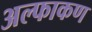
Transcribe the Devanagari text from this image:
अल्फाकण